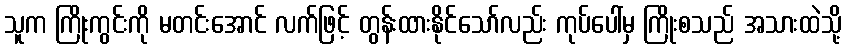
သူက ကြိုးကွင်းကို မတင်းအောင် လက်ဖြင့် တွန်းထားနိုင်သော်လည်း ကုပ်ပေါ်မှ ကြိုးစသည် အသားထဲသို့